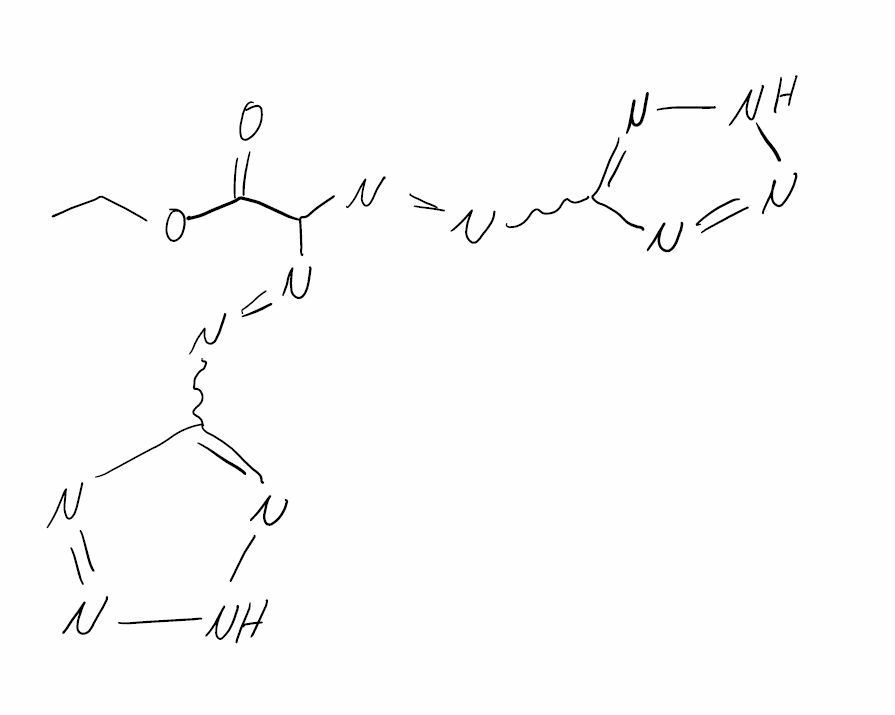
Simplified molecular-input line-entry system (SMILES) notation of the given molecule:
CCOC(=O)C(N=NC1=NNN=N1)N=NC2=NNN=N2